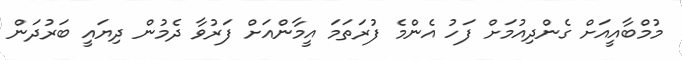
މުމްބާއީއަށް ގެންދިއުމަށް ފަހު އެންމެ ފުރަތަމަ އީމާންއަށް ފަރުވާ ދެމުން ދިޔައީ ބަރުދަން